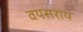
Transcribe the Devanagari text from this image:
वयसराय